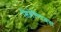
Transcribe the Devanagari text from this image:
सिमेन्टिक्स